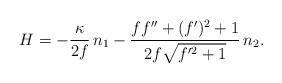
LaTeX: \begin{align*} H=-\frac{\kappa}{2f} \,n_1 - \frac{f f''+(f')^2 + 1}{2f \sqrt{f'^2+1}} \,n_2.\end{align*}